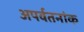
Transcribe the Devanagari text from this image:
अपर्वतनांक